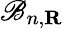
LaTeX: \mathscr{B}_{n,\mathbf{{R}}}